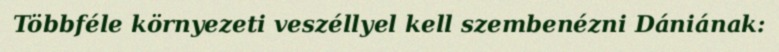
Többféle környezeti veszéllyel kell szembenézni Dániának: